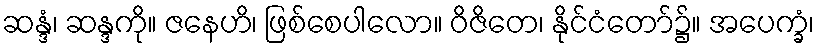
ဆန္ဒံ၊ ဆန္ဒကို။ ဇနေဟိ၊ ဖြစ်စေပါလော။ ဝိဇိတေ၊ နိုင်ငံတော်၌။ အပေက္ခံ၊